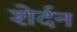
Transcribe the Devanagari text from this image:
शेर्दन